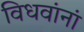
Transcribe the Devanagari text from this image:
विधवांनां